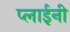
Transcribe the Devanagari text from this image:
प्लाईनी